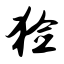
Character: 猃